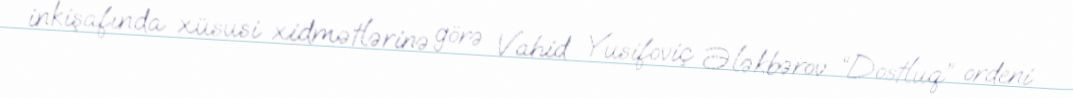
inkişafında xüsusi xidmətlərinə görə Vahid Yusifoviç Ələkbərov “Dostluq” ordeni